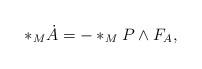
LaTeX: \begin{align*}\ast_{M}\dot{A}=-\ast_{M}P\wedge F_{A},\end{align*}